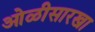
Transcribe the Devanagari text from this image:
ओळीसारखा